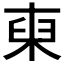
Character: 𱣟